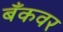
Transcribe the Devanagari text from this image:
बँकवर